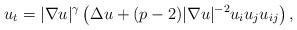
LaTeX: \begin{align*}u_t=|\nabla u|^{\gamma}\left(\Delta u + (p-2)|\nabla u|^{-2}u_iu_ju_{ij}\right),\end{align*}